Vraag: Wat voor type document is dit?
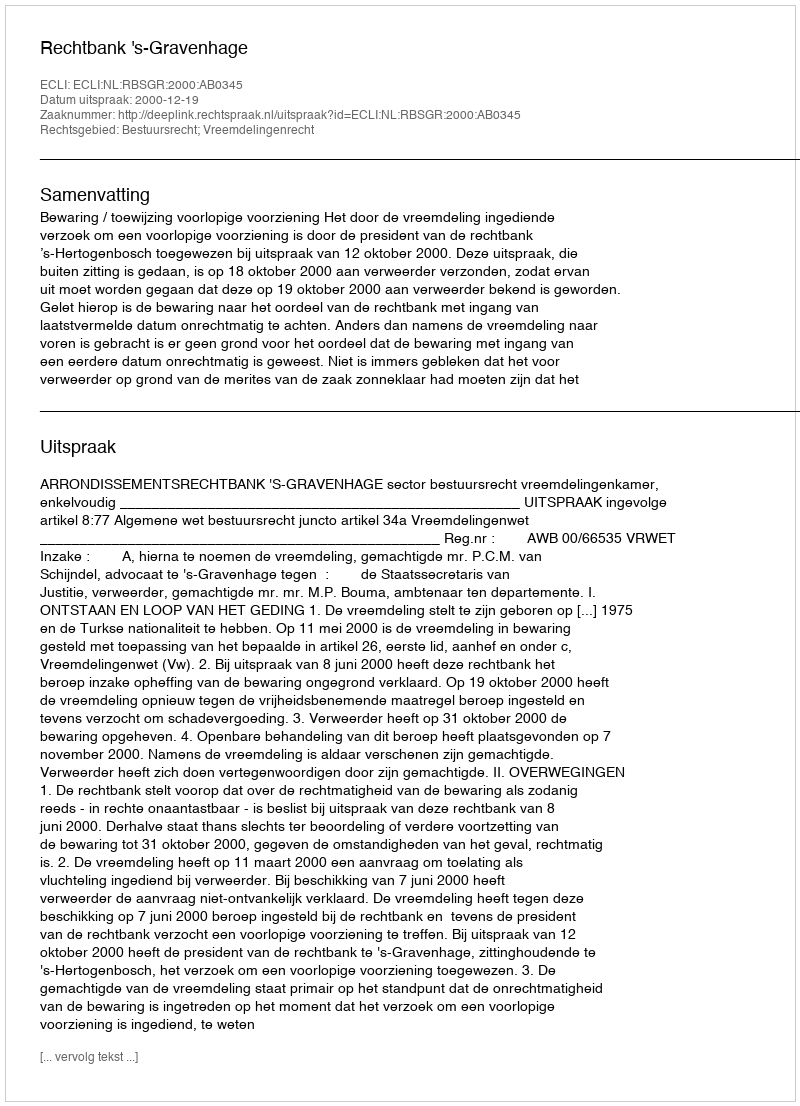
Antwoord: Uitspraak